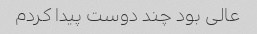
عالی بود چند دوست پیدا کردم